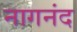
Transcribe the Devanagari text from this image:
नागनंद